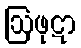
ဩဖုဋာ